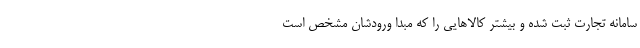
سامانه تجارت ثبت شده و بیشتر کالاهایی را که مبدا ورودشان مشخص است